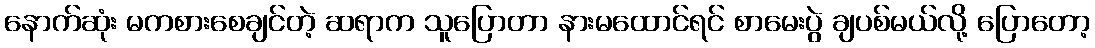
နောက်ဆုံး မကစားစေချင်တဲ့ ဆရာက သူပြောတာ နားမထောင်ရင် စာမေးပွဲ ချပစ်မယ်လို့ ပြောတော့